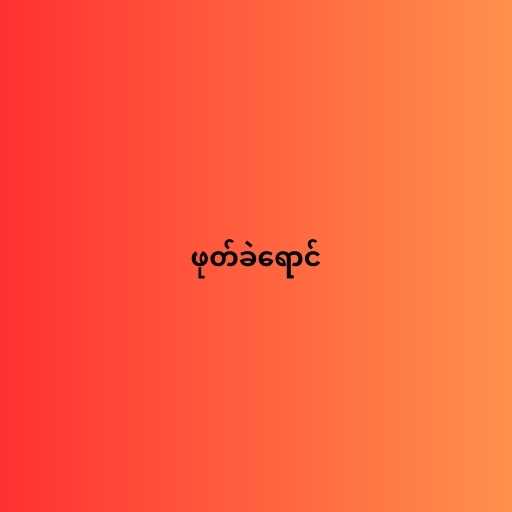
ဖုတ်ခဲရောင်